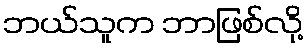
ဘယ်သူက ဘာဖြစ်လို့